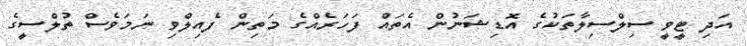
އަދި ޓީވީ ސިލްސިލާތަކުގެ އޮޑިޝަނުން އެތައް ފަހަރެއްގެ މަތިން ފެއިލްވި ނަމަވެސް ތުލްސީގެ